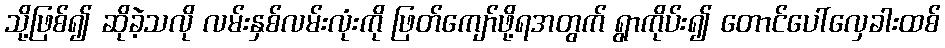
သို့ဖြစ်၍ ဆိုခဲ့သလို လမ်းနှစ်လမ်းလုံးကို ဖြတ်ကျော်ဖို့ရအတွက် ရွာကိုပ်း၍ တောင်ပေါ်လှေခါးထစ်